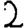
Digit: 2